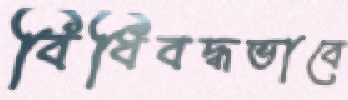
বিধিবদ্ধভাবে